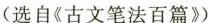
(选自《古文笔法百篇》)